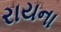
રાયના